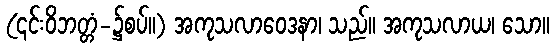
(၎င်းဝိဘတ္တံ-၌စပ်။) အကုသလာဝေဒနာ၊ သည်။ အကုသလာယ၊ သော။